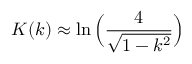
K ( k ) \approx \ln \Big ( \frac { 4 } { \sqrt { 1 - k ^ { 2 } } } \Big )